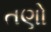
તણો